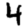
Digit: 4